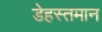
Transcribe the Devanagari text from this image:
डेहस्तमान